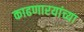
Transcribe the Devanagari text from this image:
काढणारयांच्या